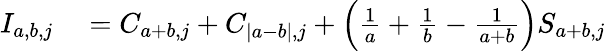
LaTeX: \begin{array}{rl}{I_{a,b,j}}&{{}=C_{a+b,j}+C_{|a-b|,j}+\Bigl(\frac{1}{a}+\frac{1}{b}-\frac{1}{a+b}\Bigr)S_{a+b,j}}\end{array}